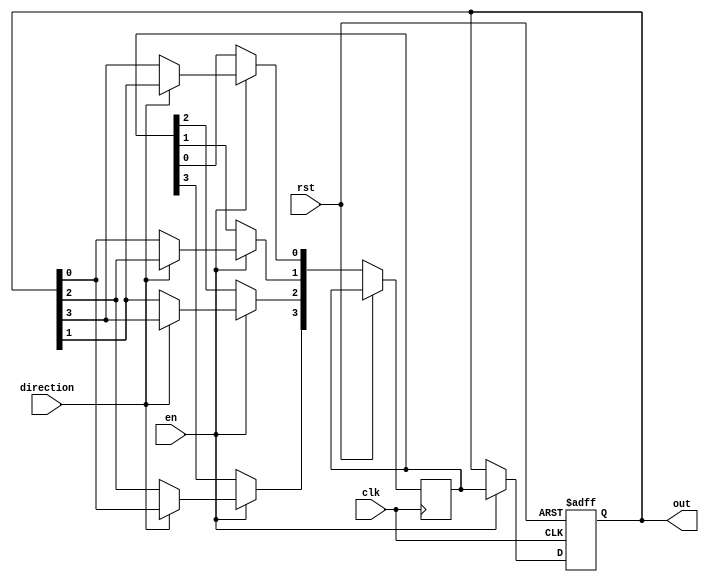
module johnson_counter (
    input wire clk,
    input wire rst,
    input wire en,
    input wire direction, // 0 for counting up, 1 for counting down
    output reg [3:0] out
);

reg [3:0] q, next_q;

always @(posedge clk or posedge rst) begin
    if (rst) begin
        q <= 4'b0000;
    end else begin
        if (en) begin
            if (direction == 1'b0) begin // counting up
                next_q[0] <= q[3];
                next_q[1] <= q[0];
                next_q[2] <= q[1];
                next_q[3] <= q[2];
            end else begin // counting down
                next_q[0] <= q[1];
                next_q[1] <= q[2];
                next_q[2] <= q[3];
                next_q[3] <= q[0];
            end
            q <= next_q;
        end
    end
end

assign out = q;

endmodule